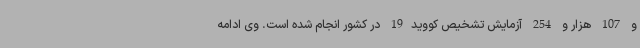
و 107 هزار و 254 آزمایش تشخیص کووید19 در کشور انجام شده است. وی ادامه